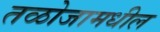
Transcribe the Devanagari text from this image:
तळोजामधील